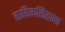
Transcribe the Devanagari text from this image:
साहित्यसिद्धान्त